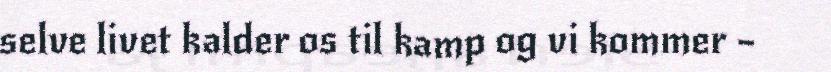
selve livet kalder os til kamp og vi kommer –